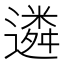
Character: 遴